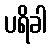
ပရိခါ